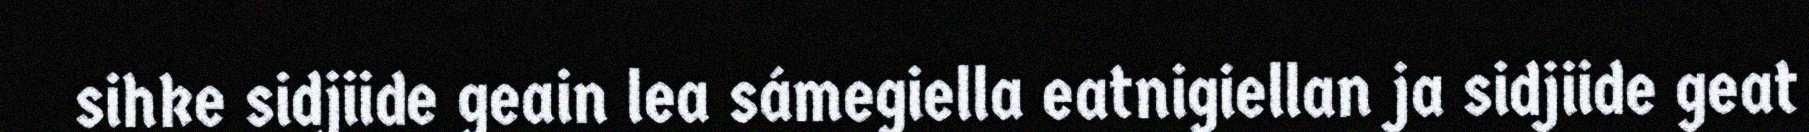
sihke sidjiide geain lea sámegiella eatnigiellan ja sidjiide geat